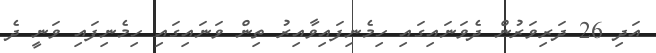
އަދި 26 ދަރިވަރުން ދެވަނައިގައި ހިމެނިފައިވާއިރު ތިން ވަނައިގައި ހިމެނިފައި ވަނީ ދެ